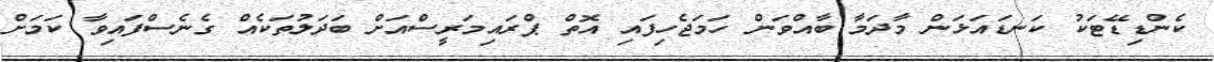
ކެންޑިޑޭޓަކު ކަނޑައަޅަން މާދަމާ ބާއްވަން ހަމަޖެހިފައި އޮތް ޕްރައިމަރީސްއަށް ބަދަލުތަކެއް ގެނެސްފައިވާ ކަމަށް